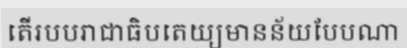
តើរបបរាជាធិបតេយ្យមានន័យបែបណា